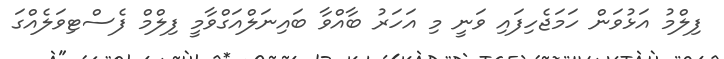
ފިލްމު އަޅުވަން ހަމަޖެހިފައި ވަނީ މި އަހަރު ބާއްވާ ބައިނަލްއަގްވާމީ ފިލްމް ފެސްޓިވަލެއްގަ